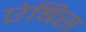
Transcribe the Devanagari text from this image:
ऐबिस